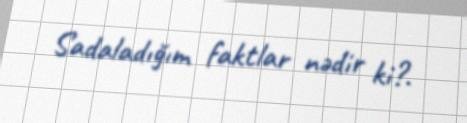
Sadaladığım faktlar nədir ki?.